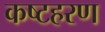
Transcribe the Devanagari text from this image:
कष्टहरण